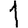
Digit: 1